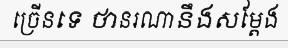
ច្រើនទេ ថានរណានឹងសម្តែង